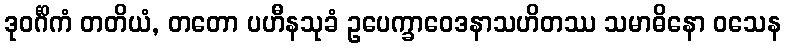
ဒုဝင်္ဂိကံ တတိယံ, တတော ပဟီနသုခံ ဥပေက္ခာဝေဒနာသဟိတဿ သမာဓိနော ဝသေန